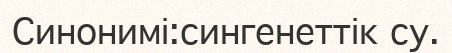
Синонимі:сингенеттік су.